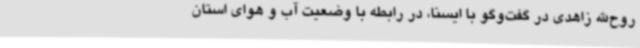
روح‌الله زاهدی در گفت‌وگو با ایسنا، در رابطه با وضعیت آب و هوای استان